Rules regarding the measures to be adopted on the outbreak of cholera or appearance of small-pox
Disease focus: Cholera
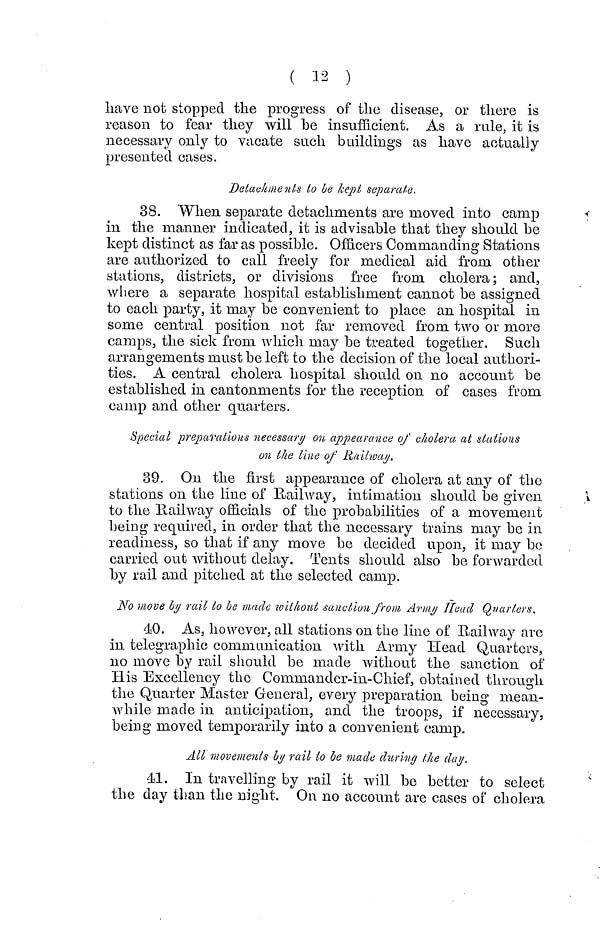
( 12 )
have not stopped the progress of the disease, or there is
reason to fear they will be in sufficient. As a rale, it is
necessary only to vacate such buildings as have actually
presented cases.
Detachments to be kept separate.
38. When separate detachments are moved into camp
in the manner indicated, it is advisable that they should be
kept distinct as far as possible. Officers Commanding Stations
are authorized to call freely for medical aid from other
stations, districts, or divisions free from cholera; and,
where a separate hospital establishment cannot be assigned
to each party, it may be convenient to place an hospital in
some central position not far removed from two or more
camps, the sick from which may be treated together. Such
arrangements must be left to the decision of the local authori-
ties. A central cholera hospital should on no account be
established in cantonments for the reception of cases from
camp and other quarters.
Special preparations necessary on appearance of cholera at stations
on the Line of Railway.
89. On the first appearance of cholera at any of the
stations on the line of Railway, intimation should be given
to the Railway officials of the probabilities of a movement
being required, in order that the necessary trains may be in
readiness, so that if any move be decided upon, it may be
carried out without delay. Tents should also be forwarded
by rail and pitched at the selected camp.
No move by rail to be made without sanction from Army Head Quarters.
40. As, however, all stations on the line of Railway are
in telegraphic communication with Army Head Quarters,
110 move by rail should be made without the sanction of
His Excellency the Commander-in-Chief, obtained through
the Quarter Master General, every preparation being mean-
while made in anticipation, and the troops, if necessary,
being moved temporarily into a convenient camp.
All movements by rail ίο be made during the day.
41. In travelling by rail it will be better to select
the day than the night. On no account are cases of cholera